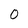
Character: 0